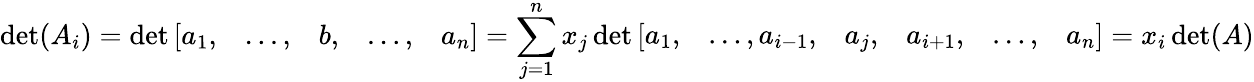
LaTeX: \operatorname*{det}(A_{i})=\operatorname*{det}{\left[\begin{array}{lllll}{a_{1},}&{\ldots,}&{b,}&{\ldots,}&{a_{n}}\end{array}\right]}=\sum_{j=1}^{n}x_{j}\operatorname*{det}{\left[\begin{array}{llllll}{a_{1},}&{\ldots,a_{i-1},}&{a_{j},}&{a_{i+1},}&{\ldots,}&{a_{n}}\end{array}\right]}=x_{i}\operatorname*{det}(A)